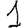
Digit: 1